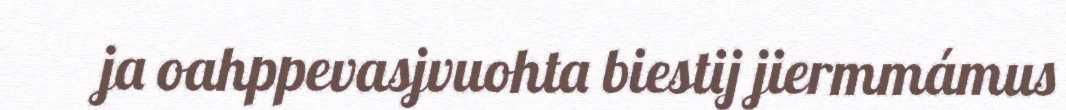
ja oahppevasjvuohta biestij jiermmámus